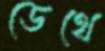
ডেথে